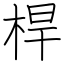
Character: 桿